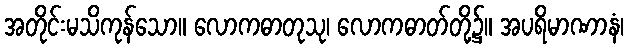
အတိုင်းမသိကုန်သော။ လောကဓာတုသု၊ လောကဓာတ်တို့၌။ အပရိမာဏာနံ၊